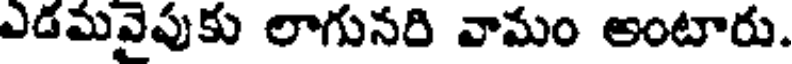
ఎడమవైపుకు లాగునరి వామం అంటారు.